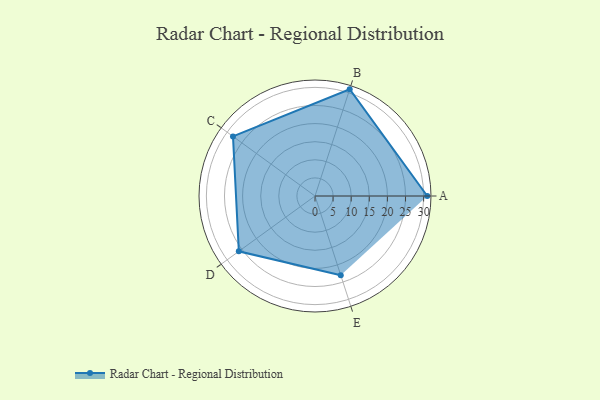
{"axis": {"x": "Skill", "y": "Score"}, "legend": ["Profile"], "data": [{"x": "A", "y": 31.0, "type": "Profile"}, {"x": "B", "y": 31.0, "type": "Profile"}, {"x": "C", "y": 28.0, "type": "Profile"}, {"x": "D", "y": 26.0, "type": "Profile"}, {"x": "E", "y": 23.0, "type": "Profile"}]}